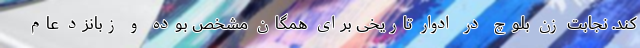
کند. نجابت زن بلوچ در ادوار تاریخی برای همگان مشخص بوده و زبانزد عام